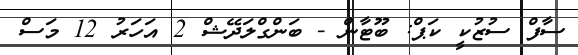
ސާފް ސުޒުކީ ކަޕް: ބޫޓާން - ބަންގްލަދޭޝް 2 އަހަރު 12 މަސް